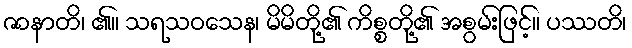
ဇာနာတိ၊ ၏။ သရသဝသေန၊ မိမိတို့၏ ကိစ္စတို့၏ အစွမ်းဖြင့်။ ပဿတိ၊